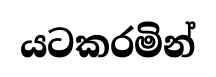
යටකරමින්